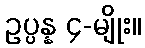
ဥပ္ပန္န ၄-မျိုး။